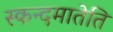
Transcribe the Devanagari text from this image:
स्कन्दमातेति